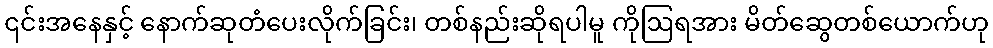
၎င်းအနေနှင့် နောက်ဆုတံပေးလိုက်ခြင်း၊ တစ်နည်းဆိုရပါမူ ကိုဩရအား မိတ်ဆွေတစ်ယောက်ဟု